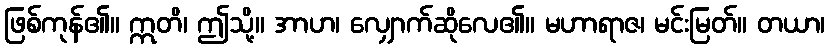
ဖြစ်ကုန်၏။ ဣတိ၊ ဤသို့။ အာဟ၊ လျှောက်ဆိုလေ၏။ မဟာရာဇ၊ မင်းမြတ်။ တယာ၊